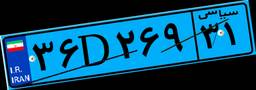
۳۶D۲۶۹۳۱